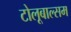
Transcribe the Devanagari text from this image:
टोलूबाल्सम